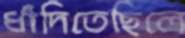
ধাঁদিতেছিলে